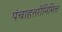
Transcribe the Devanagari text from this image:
पंचाहत्तरीनिमित्त